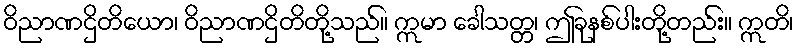
ဝိညာဏဌိတိယော၊ ဝိညာဏဌိတိတို့သည်။ ဣမာ ခေါသတ္တ၊ ဤခုနစ်ပါးတို့တည်း။ ဣတိ၊